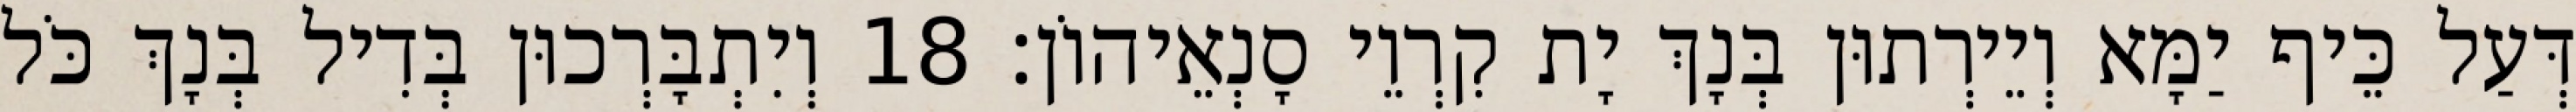
דְּעַל כֵּיף יַמָּא וְיֵירְתוּן בְּנָךְ יָת קִרְוֵי סָנְאֵיהוֹן׃ 18 וְיִתְבָּרְכוּן בְּדִיל בְּנָךְ כֹּל